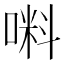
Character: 𠺫